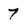
Character: 7